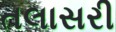
તલાસરી